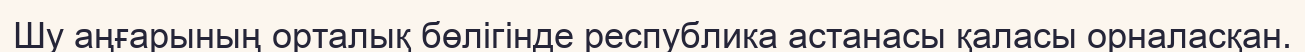
Шу аңғарының орталық бөлігінде республика астанасы қаласы орналасқан.